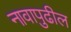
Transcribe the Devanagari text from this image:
नावापुढील